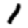
Digit: 1